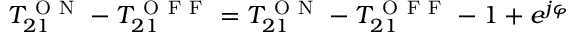
T _ { 2 1 } ^ { \mathrm { ~ O ~ N ~ } } - T _ { 2 1 } ^ { \mathrm { ~ O ~ F ~ F ~ } } = T _ { 2 1 } ^ { \mathrm { ~ O ~ N ~ } } - T _ { 2 1 } ^ { \mathrm { ~ O ~ F ~ F ~ } } - 1 + e ^ { j \varphi }